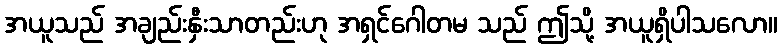
အယူသည် အချည်းနှီးသာတည်းဟု အရှင်ဂေါတမ သည် ဤသို့ အယူရှိပါသလော။